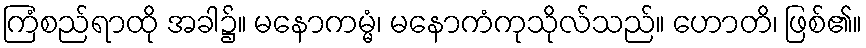
ကြံစည်ရာထို အခါ၌။ မနောကမ္မံ၊ မနောကံကုသိုလ်သည်။ ဟောတိ၊ ဖြစ်၏။